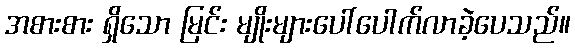
အစားစား ရှိသော မြင်း မျိုးများပေါ်ပေါက်လာခဲ့ပေသည်။